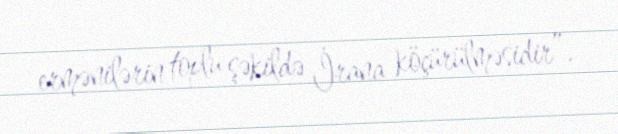
ermənilərin toplu şəkildə İrana köçürülməsidir”.